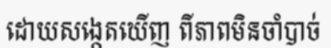
ដោយសង្កេតឃើញ ពីភាពមិនចាំបាច់